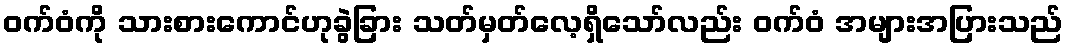
ဝက်ဝံကို သားစားကောင်ဟုခွဲခြား သတ်မှတ်လေ့ရှိသော်လည်း ဝက်ဝံ အများအပြားသည်